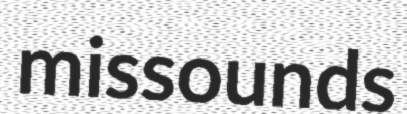
missounds